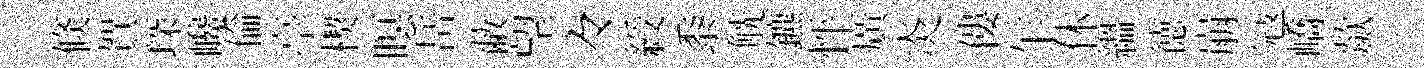
倐賀琛巉倫亭楔暝岳蔽望々綬黍觥鑣怦廣炎僂乍休緼徳崩冦嶠歘